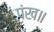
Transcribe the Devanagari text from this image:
पंख॥